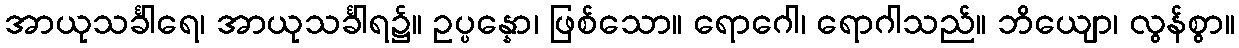
အာယုသင်္ခါရေ၊ အာယုသင်္ခါရ၌။ ဥပ္ပန္နော၊ ဖြစ်သော။ ရောဂေါ၊ ရောဂါသည်။ ဘိယျော၊ လွန်စွာ။